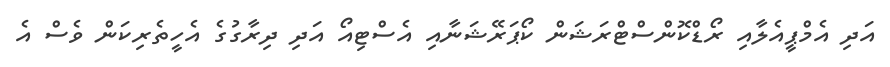
އަދި އެމްޕީއެލާއި ރޯޑްކޮންސްޓްރަޝަން ކޯޕަރޭޝަނާއި އެސްޓިއޯ އަދި ދިރާގުގެ އެހީތެރިކަން ވެސް އެ